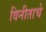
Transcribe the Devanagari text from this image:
विनीताचे